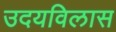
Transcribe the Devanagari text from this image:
उदयविलास